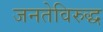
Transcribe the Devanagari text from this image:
जनतेविरुद्ध